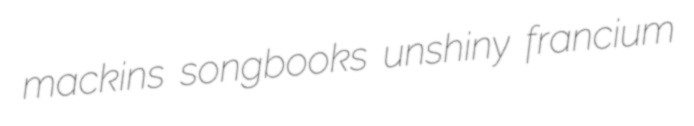
mackins songbooks unshiny francium